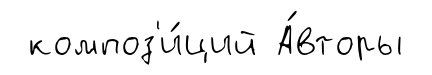
композ'и́ций А́вторы